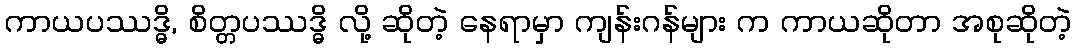
ကာယပဿဒ္ဓိ, စိတ္တပဿဒ္ဓိ လို့ ဆိုတဲ့ နေရာမှာ ကျန်းဂန်များ က ကာယဆိုတာ အစုဆိုတဲ့